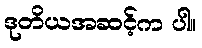
ဒုတိယအဆင့်က ပါ။